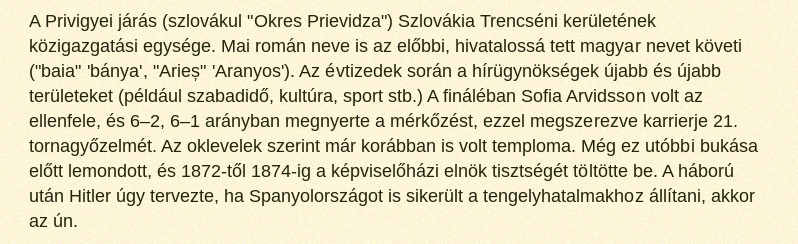
A Privigyei járás (szlovákul "Okres Prievidza") Szlovákia Trencséni kerületének közigazgatási egysége. Mai román neve is az előbbi, hivatalossá tett magyar nevet követi ("baia" 'bánya', "Arieș" 'Aranyos'). Az évtizedek során a hírügynökségek újabb és újabb területeket (például szabadidő, kultúra, sport stb.) A fináléban Sofia Arvidsson volt az ellenfele, és 6–2, 6–1 arányban megnyerte a mérkőzést, ezzel megszerezve karrierje 21. tornagyőzelmét. Az oklevelek szerint már korábban is volt temploma. Még ez utóbbi bukása előtt lemondott, és 1872-től 1874-ig a képviselőházi elnök tisztségét töltötte be. A háború után Hitler úgy tervezte, ha Spanyolországot is sikerült a tengelyhatalmakhoz állítani, akkor az ún.